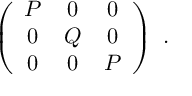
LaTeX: \left( \begin{array} { c c c } { { P } } & { { 0 } } & { { 0 } } \\ { { 0 } } & { { Q } } & { { 0 } } \\ { { 0 } } & { { 0 } } & { { P } } \end{array} \right) ~ .